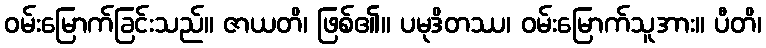
ဝမ်းမြောက်ခြင်းသည်။ ဇာယတိ၊ ဖြစ်၏။ ပမုဒိတဿ၊ ဝမ်းမြောက်သူအား။ ပီတိ၊